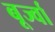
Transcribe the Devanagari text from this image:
बूर्ज्वा